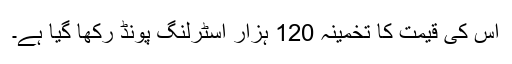
اس کی قیمت کا تخمینہ 120 ہزار اسٹرلنگ پونڈ رکھا گیا ہے۔